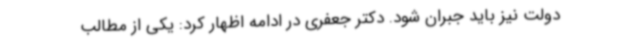
دولت نیز باید جبران شود. دکتر جعفری در ادامه اظهار کرد: یکی از مطالب